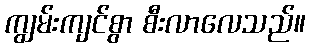
ကျွမ်းကျင်စွာ စီးလာလေသည်။